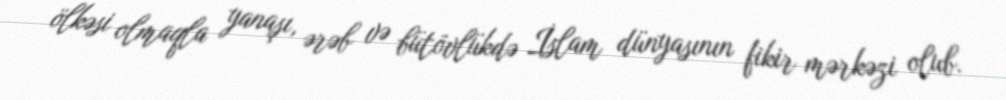
ölkəsi olmaqla yanaşı, ərəb və bütövlükdə İslam dünyasının fikir mərkəzi olub.